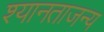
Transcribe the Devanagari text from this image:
श्यानताजन्य